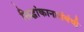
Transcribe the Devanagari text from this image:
सिद्धांकानासंबंधी